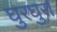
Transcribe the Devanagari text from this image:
घुरघुरा